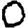
Digit: 0